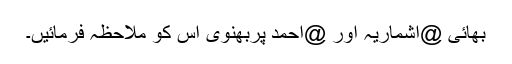
بھائی @اشماریہ اور @احمد پربھنوی اس کو ملاحظہ فرمائیں۔